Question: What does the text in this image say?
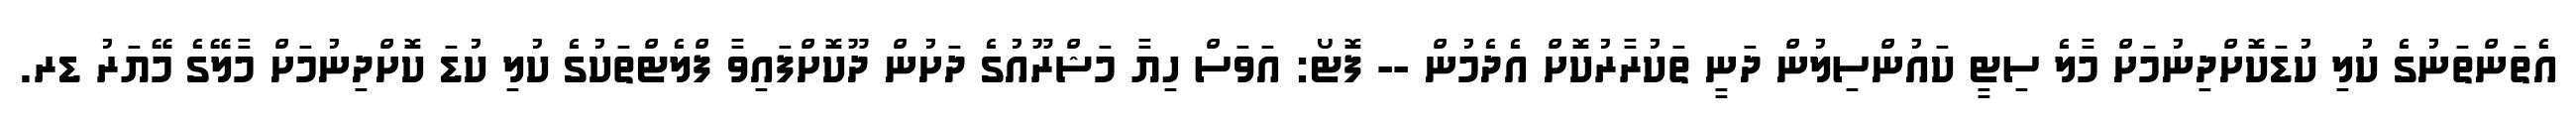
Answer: އެތަންތަނުގެ ކުލި ކުޑަކޮށްދިނުމަށް މާލެ ސިޓީ ކައުންސިލުން ދަނީ ތަކުރާރުކޮށް އެދެމުން -- ފޮޓޯ: އަވަސް ހިޔާ މަޝްރޫއުގެ ދަށުން ދޫކޮށްފައިވާ ފްލެޓްތަކުގެ ކުލި ކުޑަ ކޮށްދިނުމަށް މާލޭގެ މޭޔަރު ޑރ.